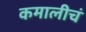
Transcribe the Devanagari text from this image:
कमालीचं